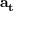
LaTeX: \mathbf { a } _ { \mathbf { t } }